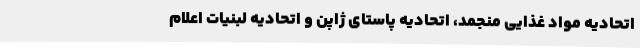
اتحادیه مواد غذایی منجمد، اتحادیه پاستای ژاپن و اتحادیه لبنیات اعلام